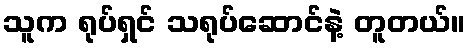
သူက ရုပ်ရှင် သရုပ်ဆောင်နဲ့ တူတယ်။